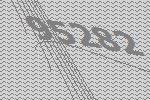
95282